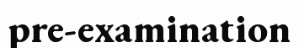
pre-examination